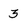
Character: 3